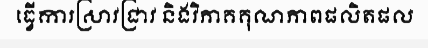
ធ្វើការស្រាវជ្រាវ និងវិភាគគុណភាពផលិតផល